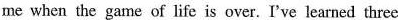
me when the game of life is over. I've learned three